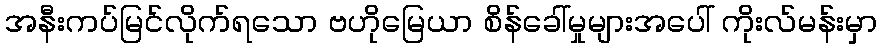
အနီးကပ်မြင်လိုက်ရသော ဗဟိုမြေယာ စိန်ခေါ်မှုများအပေါ် ကိုးလ်မန်းမှာ